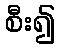
စီး၍